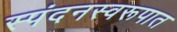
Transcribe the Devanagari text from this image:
स्पंदनस्वरूपात